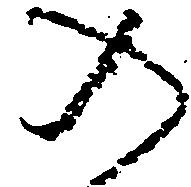
の